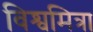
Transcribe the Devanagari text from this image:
विश्वमित्रा